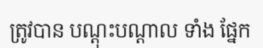
ត្រូវបាន បណ្តុះបណ្តាល ទាំង ផ្នែក